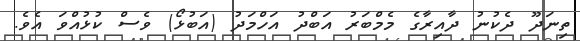
ތިނަދޫ ދެކުނު ދާއިރާގެ މެމްބަރު އަބްދު އަހްމަދު (އަބުޅޯ) ވެސް ކުޅުއްވަ އެވެ.